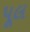
પૂલ